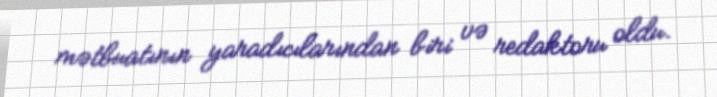
mətbuatının yaradıcılarından biri və redaktoru oldu.